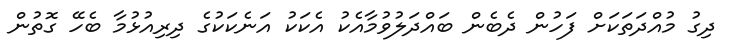
ދިގު މުއްދަތަކަށް ފަހުން ދެބެން ބައްދަލުވުމާއެކު އެކަކު އަނެކަކުގެ ދިރިއުޅުމާ ބެހޭ ގޮތުން